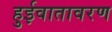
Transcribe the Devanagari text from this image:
हुईवातावरण